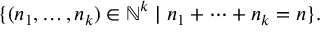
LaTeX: \{ ( n _ { 1 } , \dots , n _ { k } ) \in \mathbb { N } ^ { k } \mid n _ { 1 } + \cdots + n _ { k } = n \} .